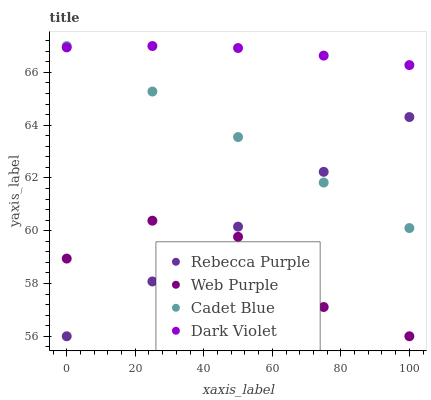
| xaxis_label | Rebecca Purple | Web Purple | Cadet Blue | Dark Violet |
 | --- | --- | --- | --- | --- |
 | 0 | 56 | 58.9 | 67 | 66.9 |
 | 25 | 58.1 | 60.4 | 65.3 | 67 |
 | 50 | 60.2 | 59.8 | 63.6 | 66.9 |
 | 75 | 62.2 | 57.1 | 61.8 | 66.6 |
 | 100 | 64.3 | 56 | 60.1 | 66.3 |